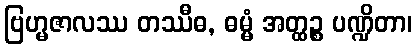
ဗြဟ္မဇာလဿ တဿီဓ, ဓမ္မံ အတ္ထဉ္စ ပဏ္ဍိတာ၊